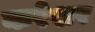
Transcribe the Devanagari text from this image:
करेशर